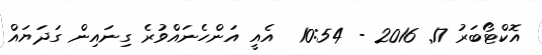
އޮކްޓޯބަރު 17